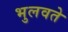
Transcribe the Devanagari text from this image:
भुलवते